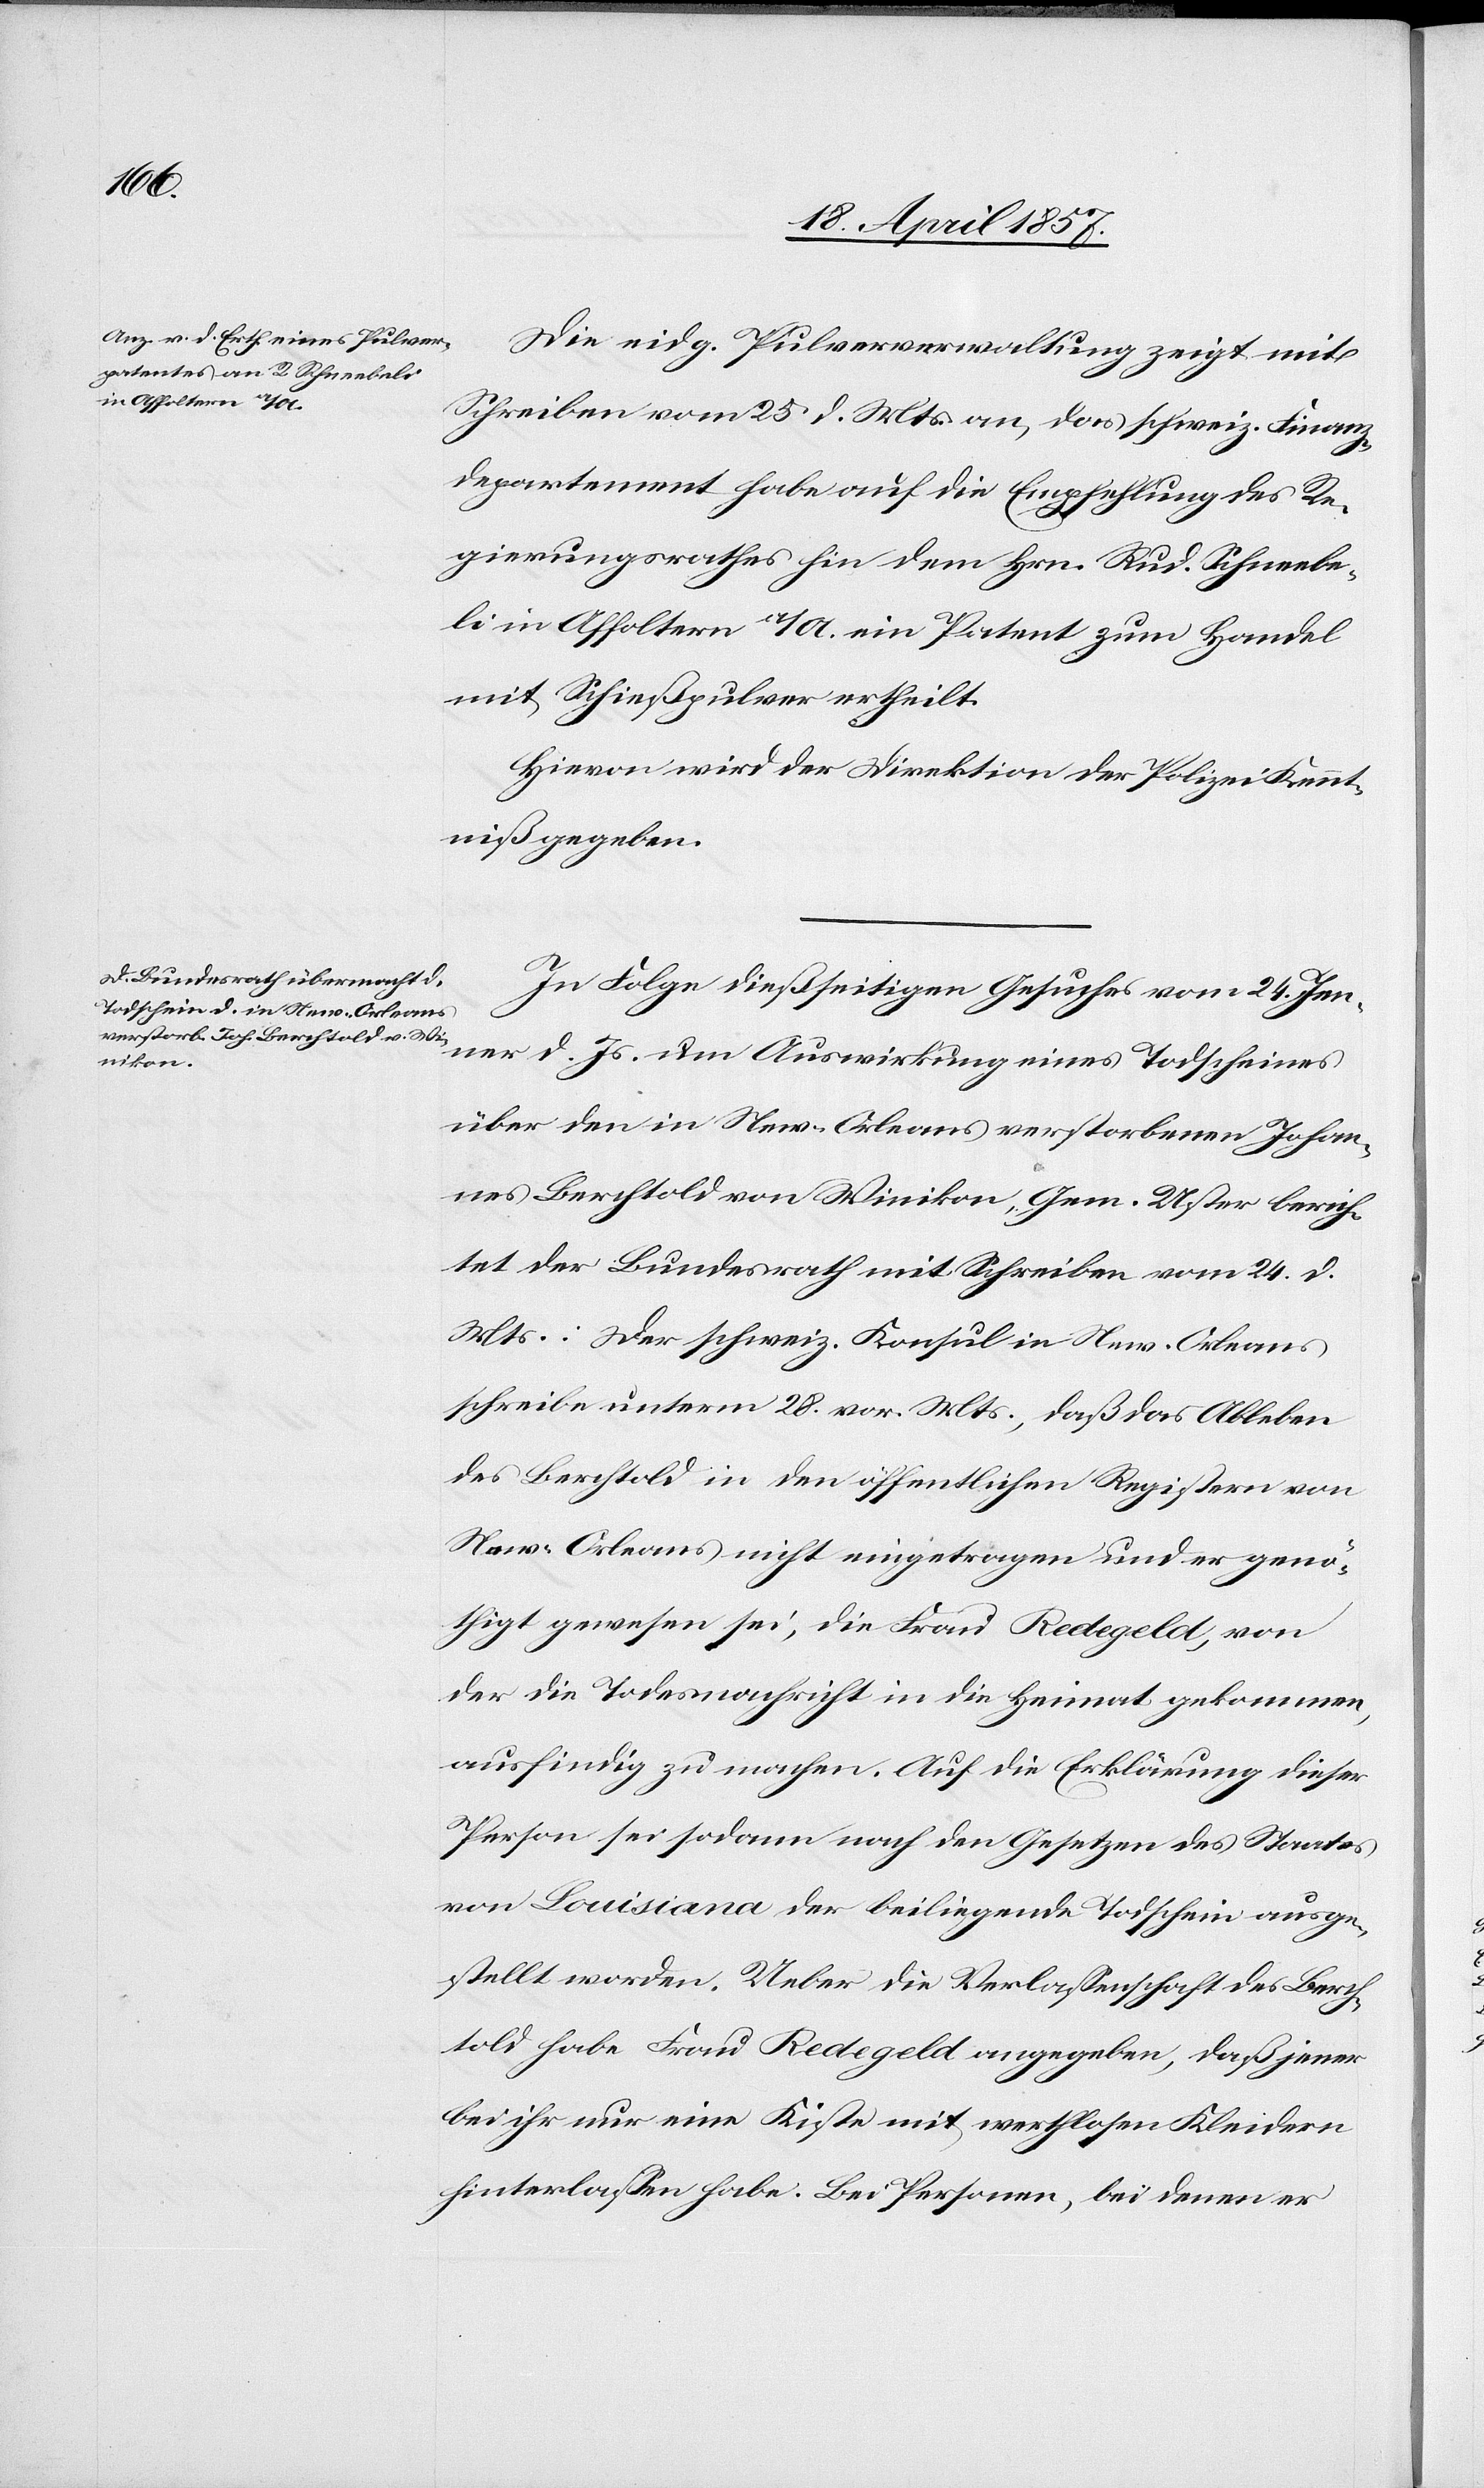
27. April 1857.]
Die eidg. Pulververwaltung zeigt mit
Schreiben vom 25. d. Mts. an, das schweiz. Finanz¬
departement habe auf die Empfehlung des Re¬
gierungsrathes hin dem Hrn. Rud. Schneebe¬
li in Affoltern a/A. ein Patent zum Handel
mit Schießpulver ertheilt.
Hievon wird der Direktion der Polizei Kennt¬
niß gegeben.
den
In Folge dießseitigen Gesuches vom 24. Jen¬
ner d. Js. um Auswirkung eines Todscheines
über den in New-Orleans verstorbenen Johan¬
nes Berchtold von Winikon Gem. Uster berich¬
tet der Bundesrath mit Schreiben vom 24. d.
Mts.: Der schweiz. Konsul in New-Orleans
schreibe unterm 28. vor. Mts., daß das Ableben
des Berchtold in den öffentlichen Registern von
New-Orleans nicht eingetragen und er genö¬
thigt gewesen sei, die Frau Redegeld, von
der die Todesnachricht in die Heimat gekommen,
ausfindig zu machen. Auf die Erklärung dieser
Person sei sodann nach den Gesetzen des Staates
von Louisiana der beiliegende Todschein ausge¬
stellt worden. Ueber die Verlassenschaft des Berch¬
told habe Frau Redegeld angegeben, daß jener
bei ihr nur eine Kiste mit werthlosen Kleidern
hinterlassen habe. Bei Personen, bei denen er